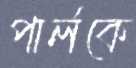
পার্লকে